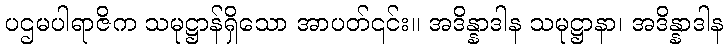
ပဌမပါရာဇိက သမုဋ္ဌာန်ရှိသော အာပတ်၎င်း။ အဒိန္နာဒါန သမုဋ္ဌာနာ၊ အဒိန္နာဒါန